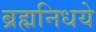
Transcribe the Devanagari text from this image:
ब्रह्मनिधये